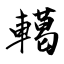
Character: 轕